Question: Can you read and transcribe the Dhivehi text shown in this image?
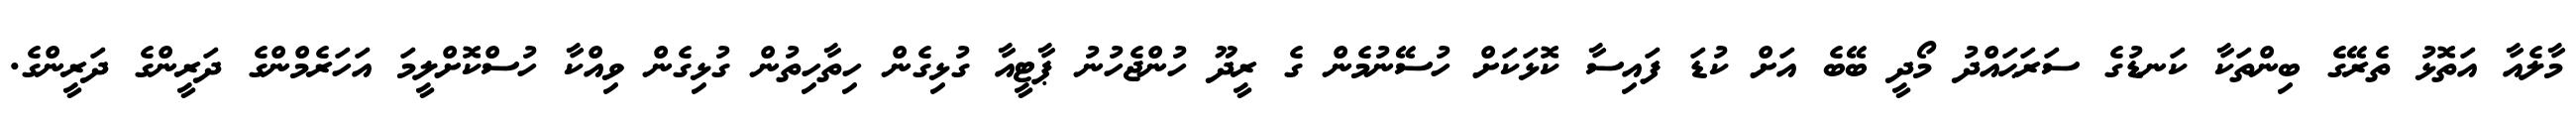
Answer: މާލެއާ އަތޮޅު ތެރޭގެ ބިންތަކާ ކަނޑުގެ ސަރަޙައްދު މޯދީ ބޭބެ އަށް ކުޑަ ފައިސާ ކޮޅަކަށް ހުސޭނުމެން ގެ ރީދޫ ހުންޖެހުނު ޕާޓީއާ ގުޅިގެން ހިތާހިތުން ގުޅިގެން ވިއްކާ ހުސްކޮށްލީމަ އަހަރެމްންގެ ދަރީންގެ ދަރީންގެ.